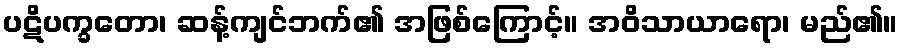
ပဋိပက္ခတော၊ ဆန့်ကျင်ဘက်၏ အဖြစ်ကြောင့်။ အဝိသာယာရော၊ မည်၏။